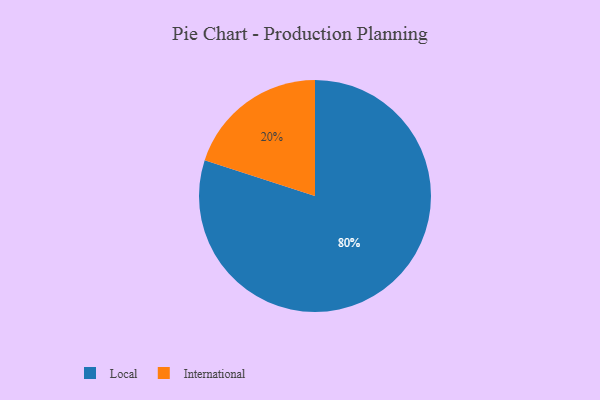
{"axis": {"x": "Category", "y": "Percentage"}, "legend": ["International", "Local"], "data": [{"x": "International", "y": 20, "type": "International"}, {"x": "Local", "y": 80, "type": "Local"}]}